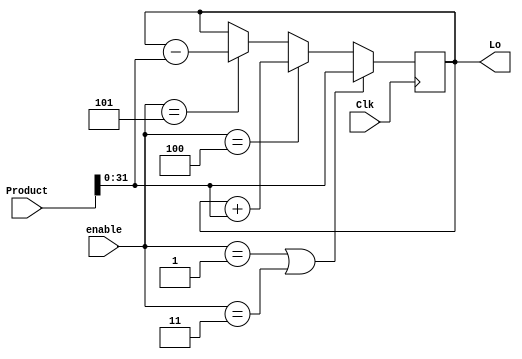
`timescale 1ns / 1ps
//////////////////////////////////////////////////////////////////////////////////
// Company: 
// Engineer: 
// 
// Design Name: 
// Module Name: LoRegister
// Project Name: 
// Target Devices: 
// Tool Versions: 
// Description: 
// 
// Dependencies: 
// 
// Revision:
// Revision 0.01 - File Created
// Additional Comments:
// 
//////////////////////////////////////////////////////////////////////////////////


module LoRegister(Product,Lo,enable, Clk);
input Clk;
input [63:0] Product;
input [3:0] enable;
output reg [31:0] Lo;
initial begin
    Lo <= 0;
 end

always @ (posedge Clk) begin
    if (enable == 1 || enable == 3) begin
         Lo <= Product[31:0];
    end
    else if (enable == 4) begin 
        Lo <= $signed(Lo) + Product[31:0];
    end
    else if (enable == 5) begin
        Lo <= $signed(Lo) - $signed(Product[31:0]);
    end
end
endmodule